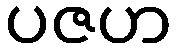
ပဇဟ